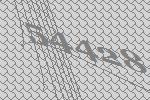
54428